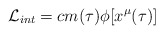
\begin{align*}{\cal L}_{int}=c m(\tau)\phi[x^{\mu}(\tau)]\end{align*}